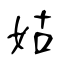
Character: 姑